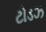
ટોડઝ